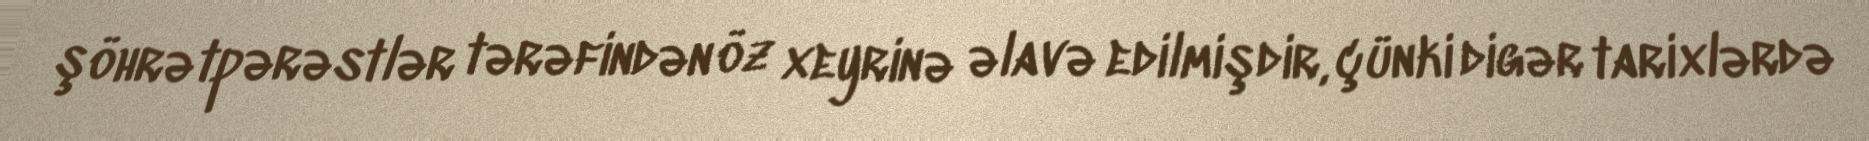
şöhrətpərəstlər tərəfindən öz xeyrinə əlavə edilmişdir, çünki digər tarixlərdə